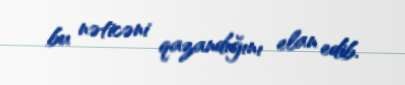
bu nəticəni qazandığını elan edib.